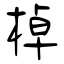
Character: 棹